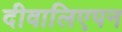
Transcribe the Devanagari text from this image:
दीवालिएपन